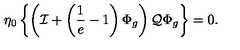
\eta _ { 0 } \left\{ \left( { \cal I } + \left( \frac { 1 } { e } - 1 \right) \Phi _ { g } \right) { \cal Q } \Phi _ { g } \right\} = 0 .